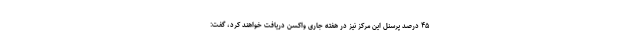
۴۵ درصد پرسنل این مرکز نیز در هفته جاری واکسن دریافت خواهند کرد، گفت: